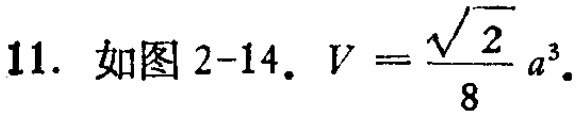
11. 如图2-14. \(V = \frac{\sqrt{2}}{8}a^{3}\).